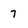
Character: 7